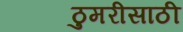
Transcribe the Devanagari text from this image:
ठुमरीसाठी